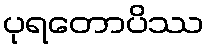
ပုရတောပိဿ